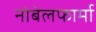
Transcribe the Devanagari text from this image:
नोबेलफार्मा